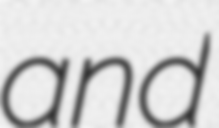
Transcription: and